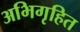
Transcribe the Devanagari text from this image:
अभिगृहित